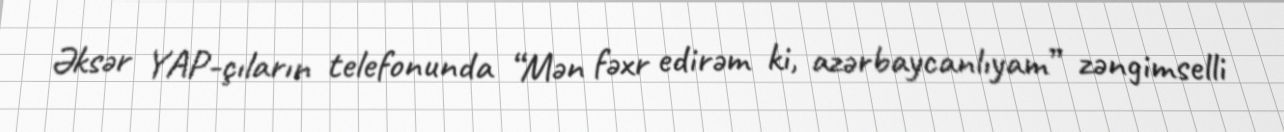
Əksər YAP-çıların telefonunda “Mən fəxr edirəm ki, azərbaycanlıyam” zəngimselli